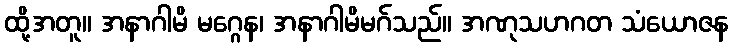
ထို့အတူ။ အနာဂါမိ မဂ္ဂေန၊ အနာဂါမိမဂ်သည်။ အဏုသဟဂတ သံယောဇန